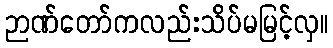
ဉာဏ်တော်ကလည်းသိပ်မမြင့်လှ။